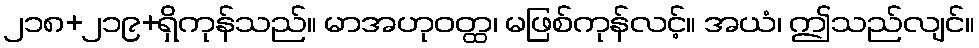
၂၁၈+၂၁၉+ရှိကုန်သည်။ မာအဟုဝတ္ထ၊ မဖြစ်ကုန်လင့်။ အယံ၊ ဤသည်လျင်။